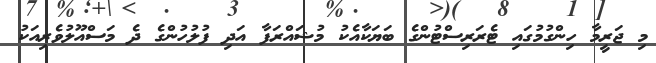
މި ޖަރީމާ ހިންގުމުގައި ޓެރަރިސްޓުންގެ ބަޔަކާއެކު މުޝައްރަފާ އަދި ފުލުހުންގެ ދެ މަސްއޫލުވެރިއަކު